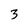
Character: 3